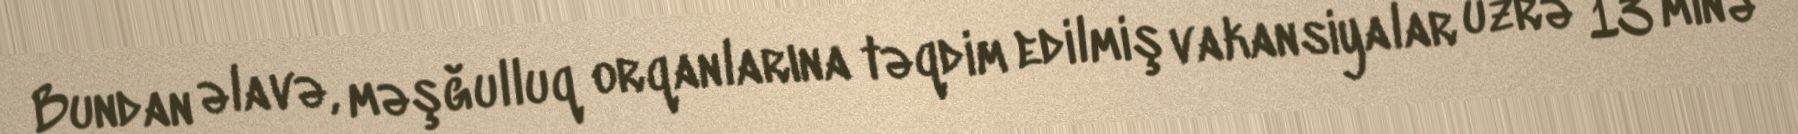
Bundan əlavə, məşğulluq orqanlarına təqdim edilmiş vakansiyalar üzrə 13 minə